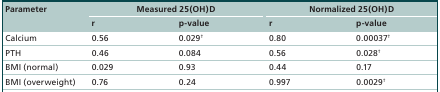
<table><thead><tr><td><b>Parameter</b></td><td colspan="2"><b>Measured 25(OH)D</b></td><td colspan="2"><b>Normalized 25(OH)D</b></td></tr><tr><td><b> </b></td><td><b>r</b></td><td><b>p-value</b></td><td><b>r</b></td><td><b>p-value</b></td></tr></thead><tbody><tr><td>Calcium</td><td>0.56</td><td>0.029<sup>†</sup></td><td>0.80</td><td>0.00037<sup>†</sup></td></tr><tr><td>PTH</td><td>0.46</td><td>0.084</td><td>0.56</td><td>0.028<sup>†</sup></td></tr><tr><td>BMI (normal)</td><td>0.029</td><td>0.93</td><td>0.44</td><td>0.17</td></tr><tr><td>BMI (overweight)</td><td>0.76</td><td>0.24</td><td>0.997</td><td>0.0029<sup>†</sup></td></tr></tbody></table>